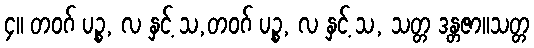
၄။ တဝဂ် ပဉ္စ, လ နှင့် သ,တဝဂ် ပဉ္စ, လ နှင့် သ, သတ္တ ဒန္တဇာ။သတ္တ